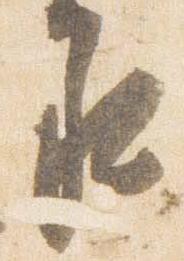
承